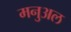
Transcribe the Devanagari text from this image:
मनुअल